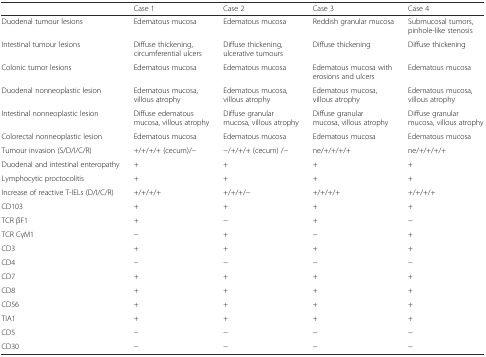
<table><thead><tr><td></td><td><b>Case 1</b></td><td><b>Case 2</b></td><td><b>Case 3</b></td><td><b>Case 4</b></td></tr></thead><tbody><tr><td>Duodenal tumour lesions</td><td>Edematous mucosa</td><td>Edematous mucosa</td><td>Reddish granular mucosa</td><td>Submucosal tumors, pinhole-like stenosis</td></tr><tr><td>Intestinal tumour lesions</td><td>Diffuse thickening, circumferential ulcers</td><td>Diffuse thickening, ulcerative tumours</td><td>Diffuse thickening</td><td>Diffuse thickening</td></tr><tr><td>Colonic tumor lesions</td><td>Edematous mucosa</td><td>Edematous mucosa</td><td>Edematous mucosa with erosions and ulcers</td><td>Edematous mucosa</td></tr><tr><td>Duodenal nonneoplastic lesion</td><td>Edematous mucosa, villous atrophy</td><td>Edematous mucosa, villous atrophy</td><td>Edematous mucosa, villous atrophy</td><td>Edematous mucosa, villous atrophy</td></tr><tr><td>Intestinal nonneoplastic lesion</td><td>Diffuse edematous mucosa, villous atrophy</td><td>Diffuse granular mucosa, villous atrophy</td><td>Diffuse granular mucosa, villous atrophy</td><td>Diffuse granular mucosa, villous atrophy</td></tr><tr><td>Colorectal nonneoplastic lesion</td><td>Edematous mucosa</td><td>Edematous mucosa</td><td>Edematous mucosa</td><td>Edematous mucosa</td></tr><tr><td>Tumour invasion (S/D/I/C/R)</td><td>+/+/+/+ (cecum)/−</td><td>−/+/+/+ (cecum) /−</td><td>ne/+/+/+/+</td><td>ne/+/+/+/+</td></tr><tr><td>Duodenal and intestinal enteropathy</td><td>+</td><td>+</td><td>+</td><td>+</td></tr><tr><td>Lymphocytic proctocolitis</td><td>+</td><td>+</td><td>+</td><td>+</td></tr><tr><td>Increase of reactive T-IELs (D/I/C/R)</td><td>+/+/+/+</td><td>+/+/+/−</td><td>+/+/+/+</td><td>+/+/+/+</td></tr><tr><td>CD103</td><td>+</td><td>+</td><td>+</td><td>+</td></tr><tr><td>TCR βF1</td><td>+</td><td>−</td><td>+</td><td>−</td></tr><tr><td>TCR CγM1</td><td>−</td><td>+</td><td>−</td><td>+</td></tr><tr><td>CD3</td><td>+</td><td>+</td><td>+</td><td>+</td></tr><tr><td>CD4</td><td>−</td><td>−</td><td>−</td><td>−</td></tr><tr><td>CD7</td><td>+</td><td>+</td><td>+</td><td>+</td></tr><tr><td>CD8</td><td>+</td><td>+</td><td>+</td><td>+</td></tr><tr><td>CD56</td><td>+</td><td>+</td><td>+</td><td>+</td></tr><tr><td>TIA1</td><td>+</td><td>+</td><td>+</td><td>+</td></tr><tr><td>CD5</td><td>−</td><td>−</td><td>−</td><td>−</td></tr><tr><td>CD30</td><td>−</td><td>−</td><td>−</td><td>−</td></tr></tbody></table>